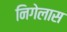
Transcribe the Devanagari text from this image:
निगेलास